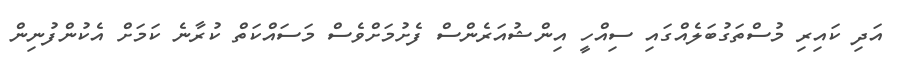
އަދި ކައިރި މުސްތަގުބަލެއްގައި ސިއްހީ އިންޝުއަރެންސް ފެށުމަށްވެސް މަސައްކަތް ކުރާނެ ކަމަށް އެކުންފުނިން